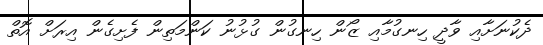
ދެކުނަށާއި ވާދީ ހިނގުމާއި ޒޯން ހިނގުން ގުޅުނު ކަންމަތިން ފެށިގެން އިރަށް އޮތް